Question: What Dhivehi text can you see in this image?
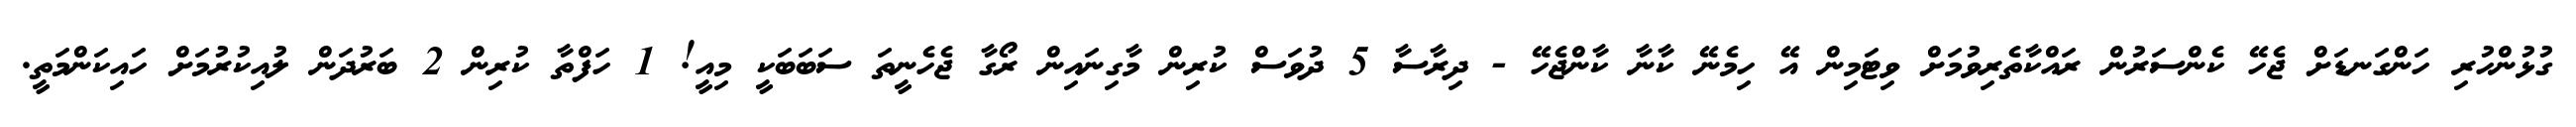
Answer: ގުޅުންހުރި ހަންގަނޑަށް ޖެހޭ ކެންސަރުން ރައްކާތެރިވުމަށް ވިޓަމިން އޭ ހިމެނޭ ކާނާ ކާންޖެހޭ - ދިރާސާ 5 ދުވަސް ކުރިން މާގިނައިން ރޯގާ ޖެހެނީތަ ސަބަބަކީ މިއީ! 1 ހަފްތާ ކުރިން 2 ބަރުދަން ލުއިކުރުމަށް ހައިކަންމަތީ.